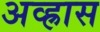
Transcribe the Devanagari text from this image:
अव्ह्रास